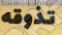
تذوقه